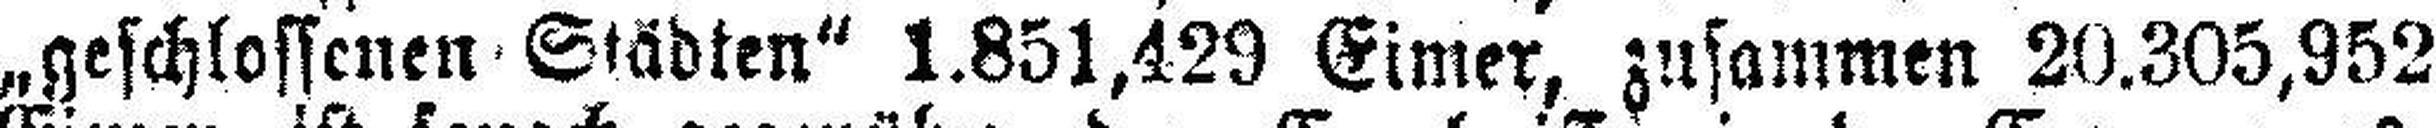
„geschlossenen Städten“ 1.851,429 Eimer, zusammen 20.305,952